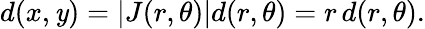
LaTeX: d(x,\mathit{y})=|J(r,\theta)|d(r,\theta)=r\, d(r,\theta).